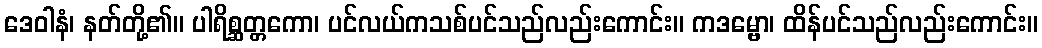
ဒေဝါနံ၊ နတ်တို့၏။ ပါရိစ္ဆတ္တကော၊ ပင်လယ်ကသစ်ပင်သည်လည်းကောင်း။ ကဒမ္ဗော၊ ထိန်ပင်သည်လည်းကောင်း။